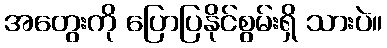
အတွေးကို ပြောပြနိုင်စွမ်းရှိ သားပဲ။